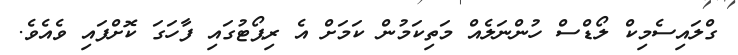
ގްލައިސެމިކް ލޯޑްސް ހުންނަލެއް މަތިކަމުން ކަމަށް އެ ރިޕޯޓުގައި ފާހަގަ ކޮށްފައި ވެއެވެ.